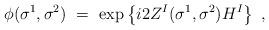
LaTeX: \begin{align*}\phi(\sigma^1,\sigma^2)\ =\ \exp \left\{ i2Z^I(\sigma^1,\sigma^2) H^I \right\}\ ,\end{align*}